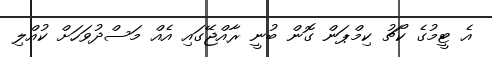
އެ ޓީމުގެ ކޯޗު ކިމްޕަން ގޮން ބުނީ ރާއްޖޭގައި އެއް މަސްދުވަހަށް ކުއްލި